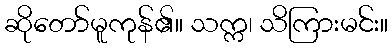
ဆိုတော်မူကုန်၏။ သက္က၊ သိကြားမင်း။